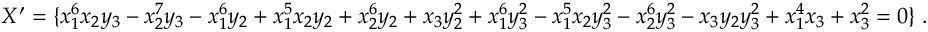
X ^ { \prime } = \{ x _ { 1 } ^ { 6 } x _ { 2 } y _ { 3 } - x _ { 2 } ^ { 7 } y _ { 3 } - x _ { 1 } ^ { 6 } y _ { 2 } + x _ { 1 } ^ { 5 } x _ { 2 } y _ { 2 } + x _ { 2 } ^ { 6 } y _ { 2 } + x _ { 3 } y _ { 2 } ^ { 2 } + x _ { 1 } ^ { 6 } y _ { 3 } ^ { 2 } - x _ { 1 } ^ { 5 } x _ { 2 } y _ { 3 } ^ { 2 } - x _ { 2 } ^ { 6 } y _ { 3 } ^ { 2 } - x _ { 3 } y _ { 2 } y _ { 3 } ^ { 2 } + x _ { 1 } ^ { 4 } x _ { 3 } + x _ { 3 } ^ { 2 } = 0 \} \; .